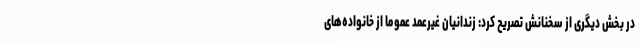
در بخش دیگری از سخنانش تصریح کرد: زندانیان غیرعمد عموما از خانواده‌های